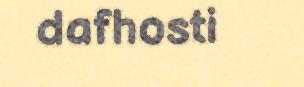
dafhosti